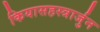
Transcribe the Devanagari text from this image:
कियासहस्त्रार्जुन